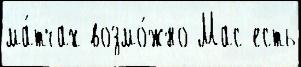
ма́тчах возмо́жно Мас есть